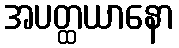
အပတ္ထယာနော